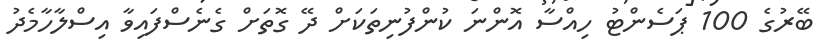
ބޭރުގެ 100 ޕަސެންޓު ހިއްސާ އޮންނަ ކުންފުނިތަކަށް ދޭ ގޮތަށް ގެނެސްފަައިވާ އިސްލާހާމެދު